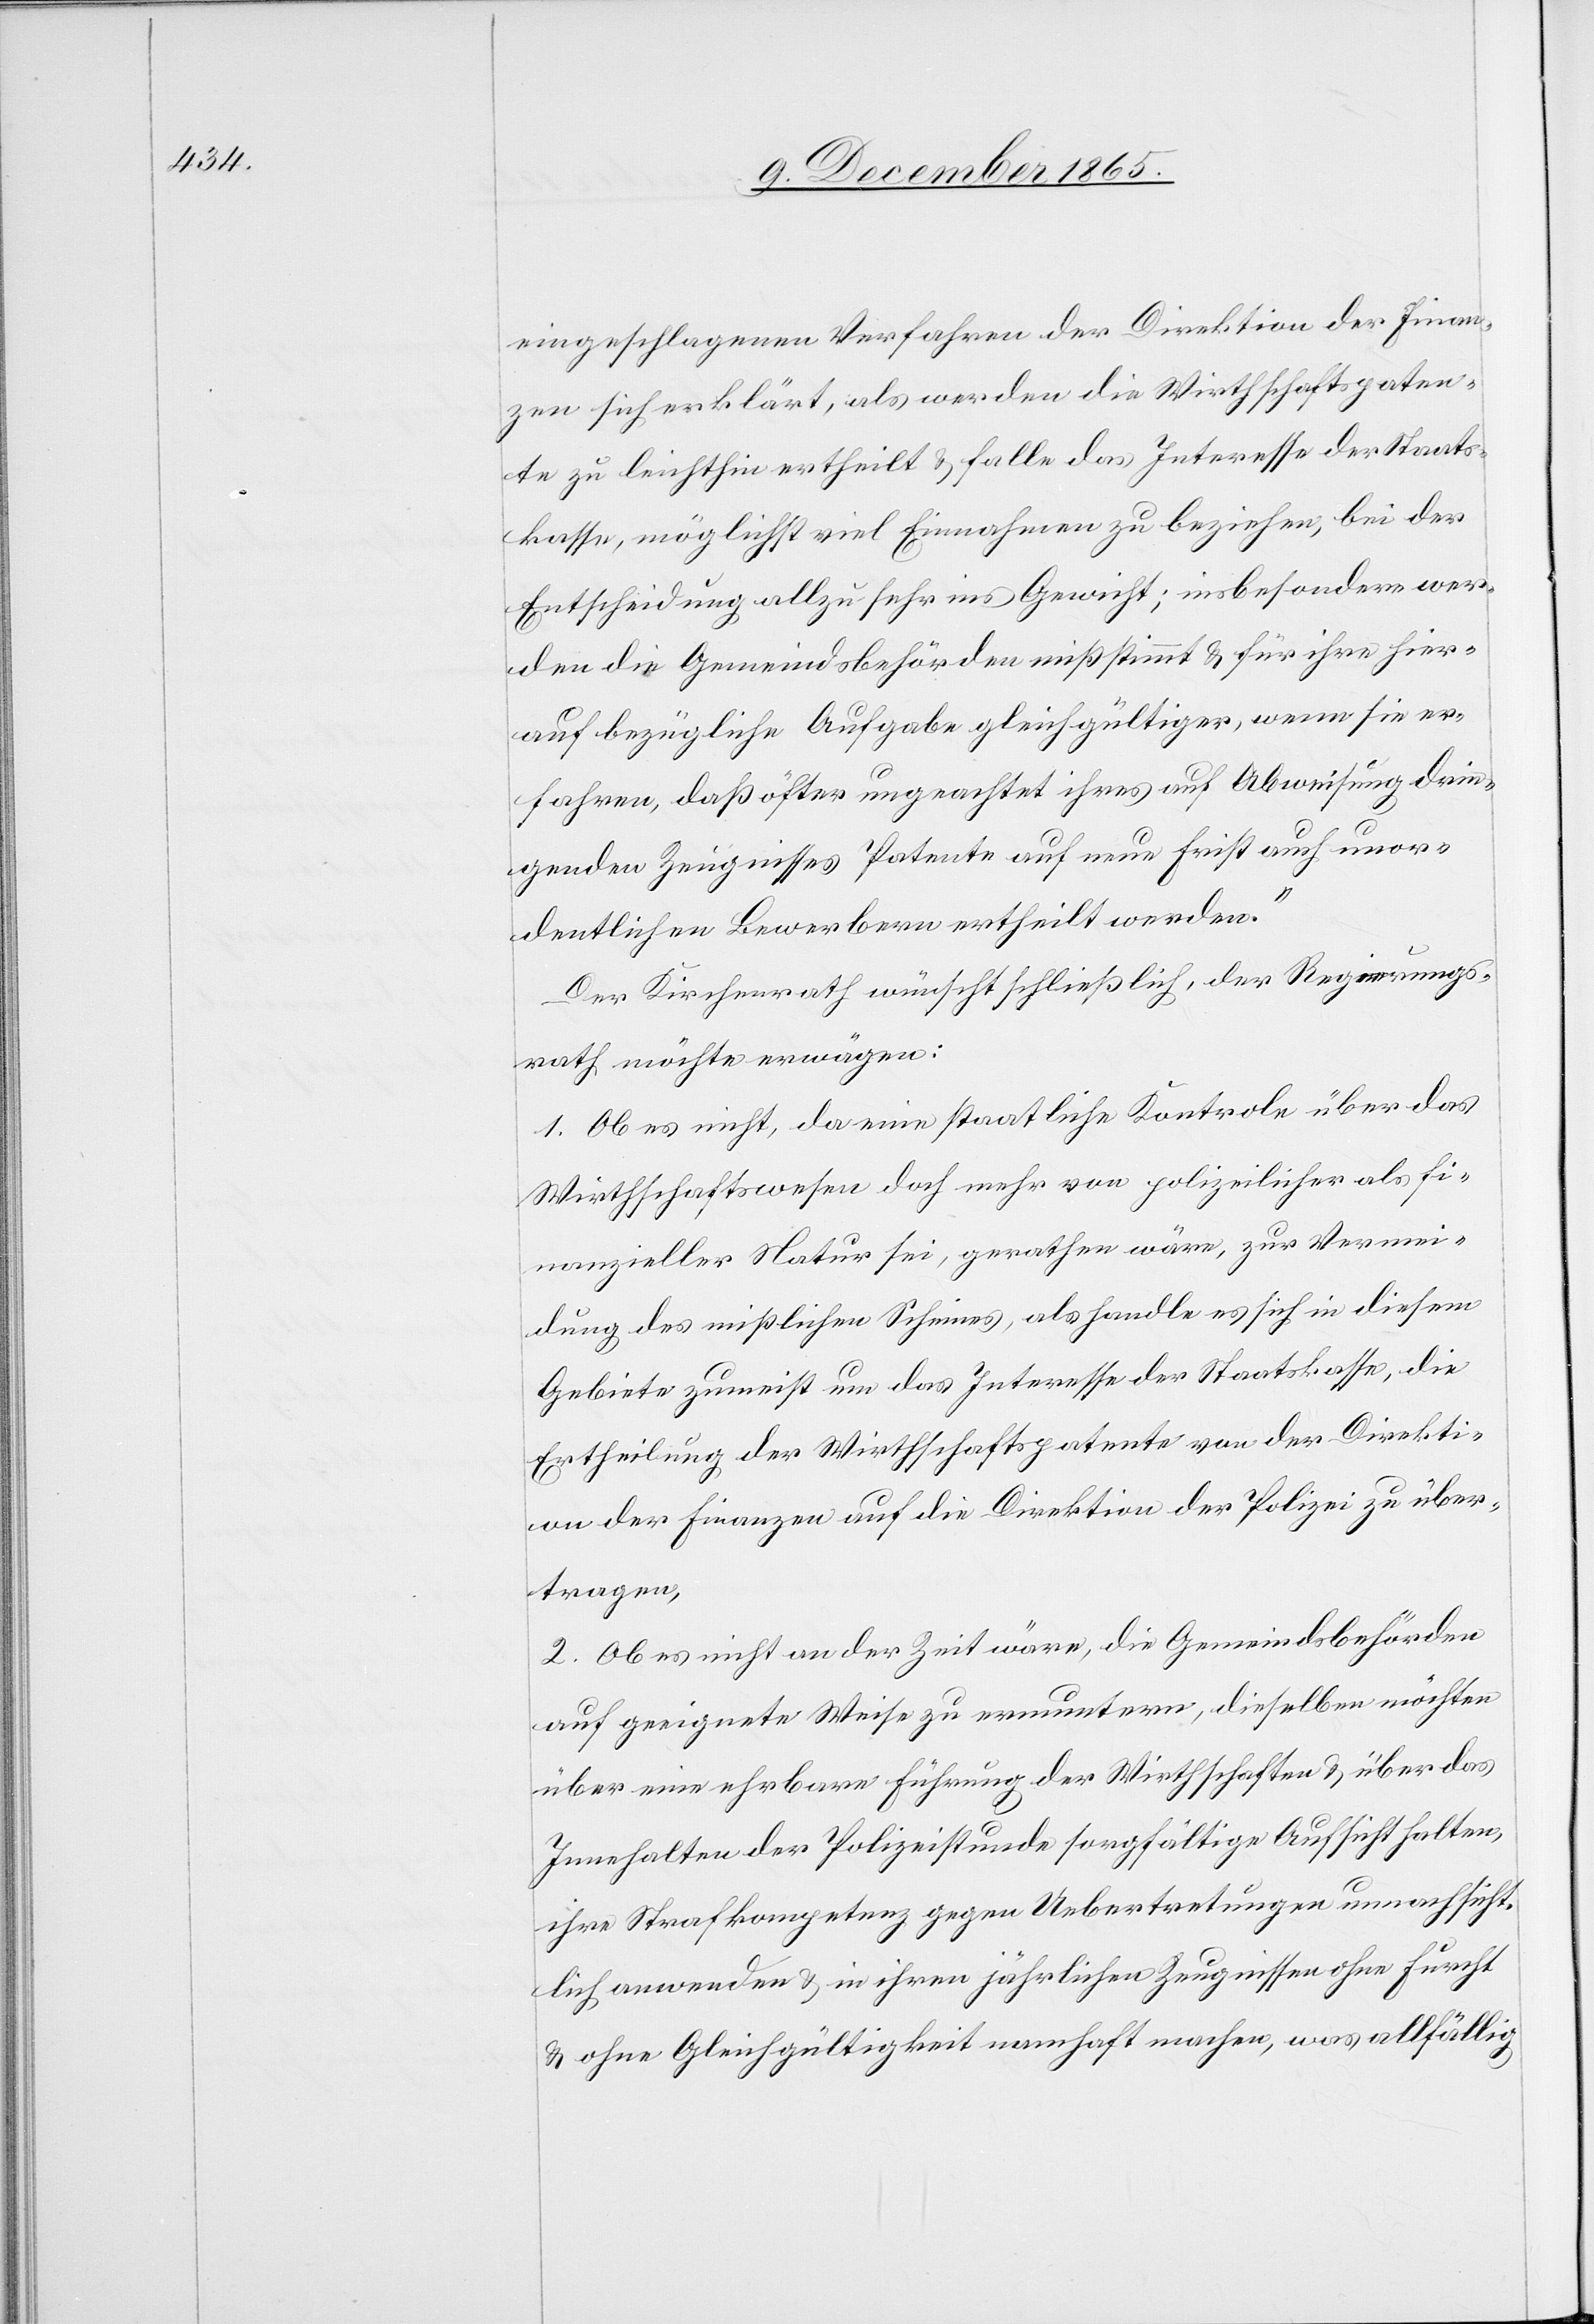
eingeschlagenen Verfahren der Direktion der Finan¬
zen sich erklärt, als werden die Wirthschaftspaten¬
te zu leichthin ertheilt & falle das Interesse der Staats¬
kasse, möglichst viel Einnahmen zu beziehen, bei der
Entscheidung allzu sehr ins Gewicht; insbesondere wer¬
den die Gemeindsbehörden mißstimmt & für ihre hier¬
auf bezügliche Aufgabe gleichgültiger, wenn sie er¬
fahren, daß öfter ungeachtet ihres auf Abweisung drin¬
genden Zeugnisses Patente auf neue Frist auch unor¬
dentlichen Bewerbern ertheilt werden.“
Der Kirchenrath wünscht schließlich, der Regierungs¬
rath möchte erwägen:
1. Ob es nicht, da eine staatliche Kontrole [sic!] über das
Wirthschaftswesen doch mehr von polizeilicher als fi¬
nanzieller Natur sei, gerathen wäre, zur Vermei¬
dung des mißlichen Scheines, als handle es sich in diesem
Gebiete zumeist um das Interesse der Staatskasse, die
Ertheilung der Wirthschaftspatente von der Direkti¬
on der Finanzen auf die Direktion der Polizei zu über¬
tragen,
2. Ob es nicht an der Zeit wäre, die Gemeindsbehörden
auf geeignete Weise zu ermuntern, dieselben möchten
über eine ehrbare Führung der Wirthschaften & über das
Innehalten der Polizeistunde sorgfältiger Aufsicht halten,
ihre Strafkompetenz gegen Uebertretungen unnachsicht¬
lich anwenden & in ihren jährlichen Zeugnissen ohne Furcht
& ohne Gleichgültigkeit namhaft machen, was allfällig